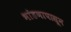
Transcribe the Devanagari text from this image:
भांडणापासून